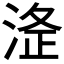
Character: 𭰸